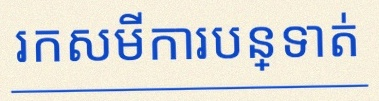
រកសមីការបន្ទាត់